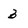
Character: 3